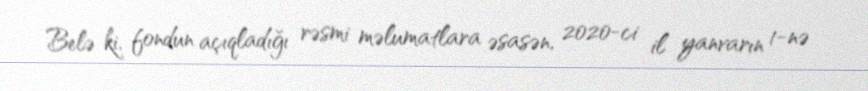
Belə ki, fondun açıqladığı rəsmi məlumatlara əsasən, 2020-ci il yanvarın 1-nə